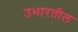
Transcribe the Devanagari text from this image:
उभारतील